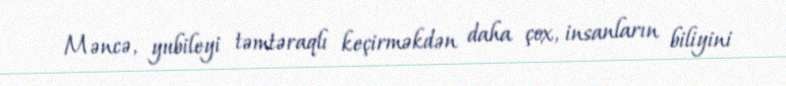
Məncə, yubileyi təmtəraqlı keçirməkdən daha çox, insanların biliyini